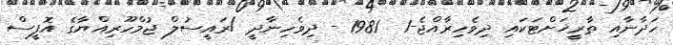
ހަދާނާއި ތާރީޚަށްޓަކައި ދިވެހިރާއްޖެ-1  1981 - ދިވެހިނާދީ /ރައީސުލް ޖުމްހޫރިއްޔާގެ އޮފީސް